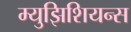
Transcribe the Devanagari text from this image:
म्युझिशियन्स